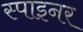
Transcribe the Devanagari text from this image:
स्पाइनर